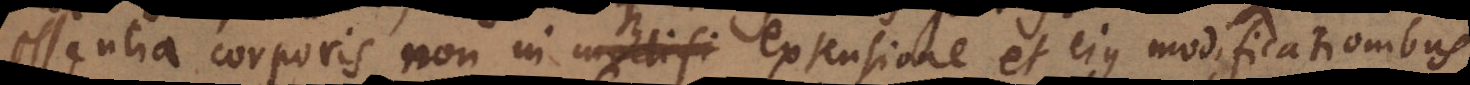
essentia corporis non in extensione et ejus modificationibus,